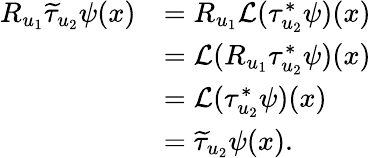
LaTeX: \begin{array}{rl}{R_{u_{1}}\widetilde{\tau}_{u_{2}}\psi(x)}&{=R_{u_{1}}\mathcal{L}(\tau_{u_{2}}^{*}\psi)(x)}\\ &{=\mathcal{L}(R_{u_{1}}\tau_{u_{2}}^{*}\psi)(x)}\\ &{=\mathcal{L}(\tau_{u_{2}}^{*}\psi)(x)}\\ &{=\widetilde{\tau}_{u_{2}}\psi(x).}\end{array}